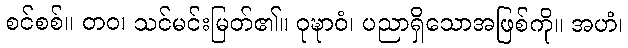
စင်စစ်။ တဝ၊ သင်မင်းမြတ်၏။ ဝုဍ္ဎာဝံ၊ ပညာရှိသောအဖြစ်ကို။ အဟံ၊